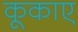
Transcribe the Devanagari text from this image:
कूकाए